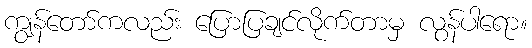
ကျွန်တော်ကလည်း ပြောပြချင်လိုက်တာမှ လွန်ပါရော။